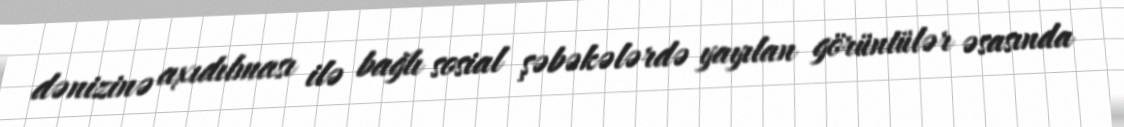
dənizinə axıdılması ilə bağlı sosial şəbəkələrdə yayılan görüntülər əsasında